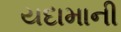
યદામાની